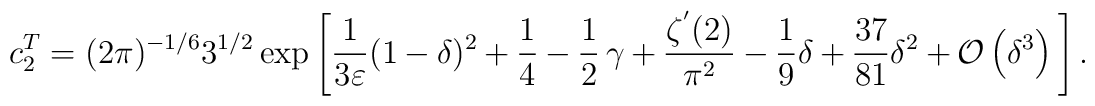
c_2^T=(2\pi)^{-1/6} 3^{1/2} \exp \Bigg[\frac{1}{3\varepsilon}(1-\delta)^2+\frac{1}{4}-\frac{1}{2}\, \gamma +\frac{\zeta^{'} (2)}{\pi^2}-\frac{1}{9} \delta+\frac{37}{81} {\delta}^2 +{\cal O} \left({\delta}^3 \right) \Bigg]\, .